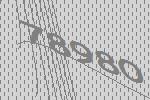
78980